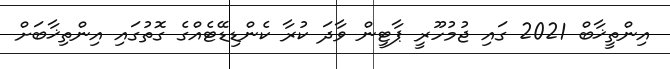
އިންތީޚާބް 2021 ގައި ޖުމުހޫރީ ޕާޓީން ވާދަ ކުރާ ކެންޑިޑޭޓެއްގެ ގޮތުގައި އިންތިޚާބަށް